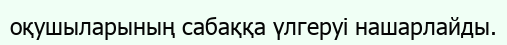
оқушыларының сабаққа үлгеруі нашарлайды.